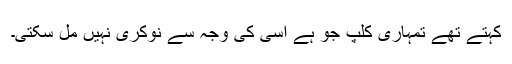
کہتے تھے تمہاری کلپ جو ہے اسی کی وجہ سے نوکری نہیں مل سکتی۔